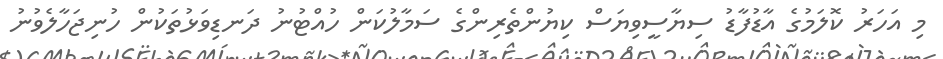
މި އަހަރު ކޮލަމުގެ އާޑުފާޑު ސިޔާސީވިޔަސް ކިޔުންތެރިންގެ ސަމާލުކަން ހުއްޓުނު ދަނޑިވަޅުތަކުން ހުނިޖަހާލެވުނު